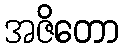
အဇိတော